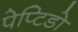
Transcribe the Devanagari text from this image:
पेप्टिडो